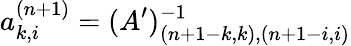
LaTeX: a_{k,i}^{(n+1)}=(A^{\prime})_{(n+1-k,k),(n+1-i,i)}^{-1}